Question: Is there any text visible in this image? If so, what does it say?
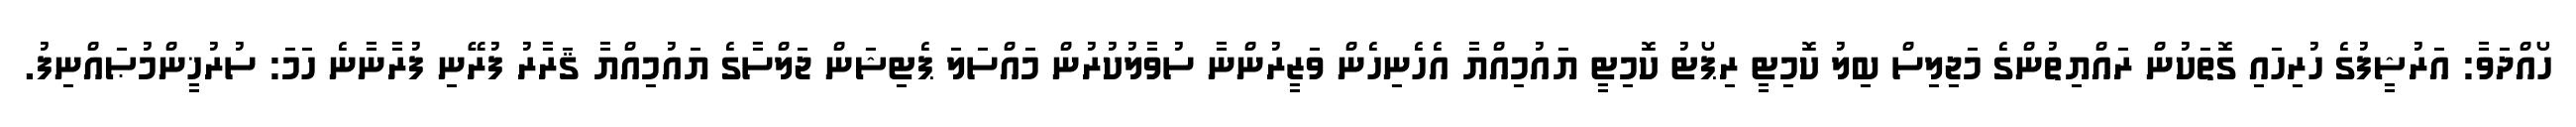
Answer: ހޯއްދަވާ: އަރުޝީފުގެ ހުރިހައި ގޮތަކުން ރައްޔިތުންގެ މަޖިލިސް ބިލު ކޮމިޓީ ރިޕޯޓު ކޮމިޓީ ޔައުމިއްޔާ އެހެނިހެން ވަޒީރުންނާ ސުވާލުކުރުން މައްސަލަ ޕެޓިޝަން ޖަލްސާގެ ޔައުމިއްޔާ ޤަރާރު ފުރޭނި ފުރާނާނެ ހަމަ: ސުރުޚީންމުޞައްނިފު.